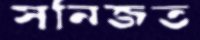
সনিজত